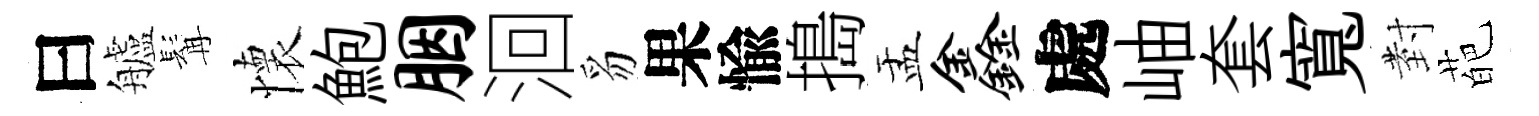
曰艫髯懷鮑胭洄豸果愉搗盂鑫處岫套寬𭔹葩